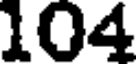
104